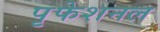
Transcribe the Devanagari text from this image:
पृफेशनल